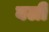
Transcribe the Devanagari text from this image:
बली